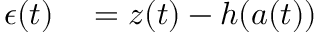
\begin{array} { r l } { \boldsymbol { \epsilon } ( t ) } & { { } = \boldsymbol { z } ( t ) - \boldsymbol { h } ( \boldsymbol { a } ( t ) ) } \end{array}